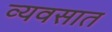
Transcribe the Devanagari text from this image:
व्यवसात